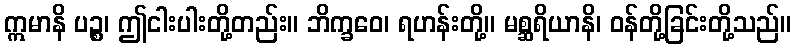
ဣမာနိ ပဉ္စ၊ ဤငါးပါးတို့တည်း။ ဘိက္ခဝေ၊ ရဟန်းတို့။ မစ္ဆရိယာနိ၊ ဝန်တို့ခြင်းတို့သည်။